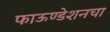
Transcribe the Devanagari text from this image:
फाऊण्डेशनचा